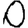
Digit: 0